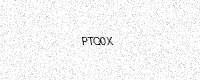
Text: PTQ0X